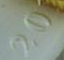
20